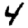
Digit: 4